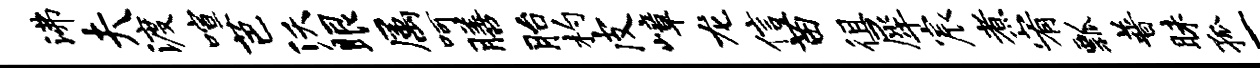
沸夫渡喧芭沃眼属呵膳胎杓皮嶂龙信苗徂犀宸煮宥瓢普昧孤一